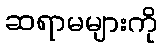
ဆရာမများကို